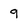
Character: 9